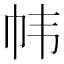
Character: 帏